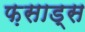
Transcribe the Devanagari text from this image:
फ़साड्स